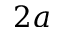
2 a